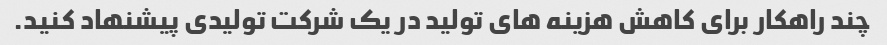
چند راهکار برای کاهش هزینه های تولید در یک شرکت تولیدی پیشنهاد کنید.